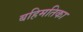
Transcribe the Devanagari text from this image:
बहिमतिका